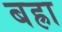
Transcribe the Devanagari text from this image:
बह्रा